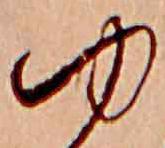
ゆ